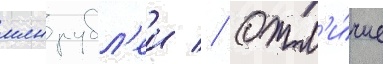
млн рубл'еи // Отл'и́чие